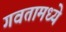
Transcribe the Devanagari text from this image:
गवतामध्ये